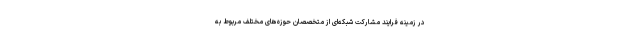
در زمینه فرایند مشارکت شبکه‌ای از متخصصان حوزه‌های مختلف مربوط به